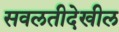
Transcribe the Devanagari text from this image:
सवलतीदेखील